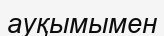
ауқымымен